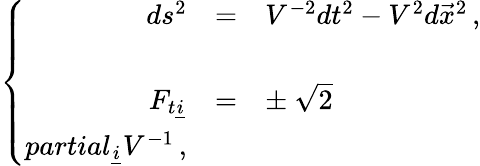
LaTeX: \left\{ \begin{array}{rcl}{{ds^{2}}}&{{=}}&{{V^{-2}dt^{2}-V^{2}d\vec{x}^{2}\, ,}}\\ {{}}&{{}}&{{}}\\ {{F_{t\underline{{{i}}}}}}&{{=}}&{{\pm\ \sqrt{2}}}\\ {{partial_{\underline{{{i}}}}V^{-1}\, ,}}\end{array}\right.